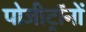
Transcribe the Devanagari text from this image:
पोजीट्रॉनों